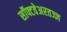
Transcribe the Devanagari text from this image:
सॉफ्टवेअरतज्ज्ञ